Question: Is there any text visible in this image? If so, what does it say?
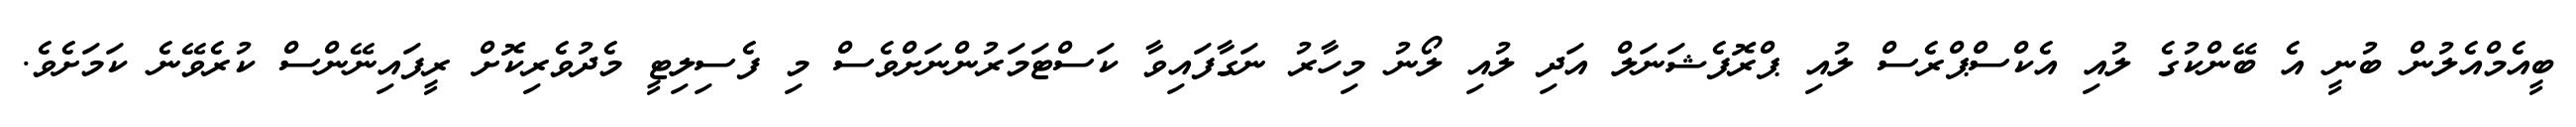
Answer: ބީއެމްއެލުން ބުނީ އެ ބޭންކުގެ ލުއި އެކްސްޕްރެސް ލުއި ޕްރޮފެޝަނަލް އަދި ލުއި ލޯނު މިހާރު ނަގާފައިވާ ކަސްޓަމަރުންނަށްވެސް މި ފެސިލިޓީ މެދުވެރިކޮށް ރީފައިނޭންސް ކުރެވޭނެ ކަމަށެވެ.